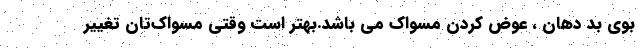
بوی بد دهان ، عوض کردن مسواک می باشد.بهتر است وقتی مسواک‌تان تغییر